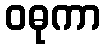
ဝဓုကာ